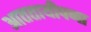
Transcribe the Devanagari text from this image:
आततायीपणा